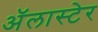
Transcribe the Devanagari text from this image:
अॅलास्टेर